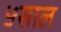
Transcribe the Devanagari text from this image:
५साल